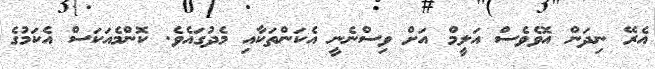
އެރޭ ނިދަން އޮވެވެސް އަލީމް އަށް ވިސްނެނީ އެކަންތަކާއި މެދުގައެވެ. ކޮންމެއަކަސް އެކަމުގެ